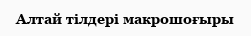
Алтай тілдері макрошоғыры